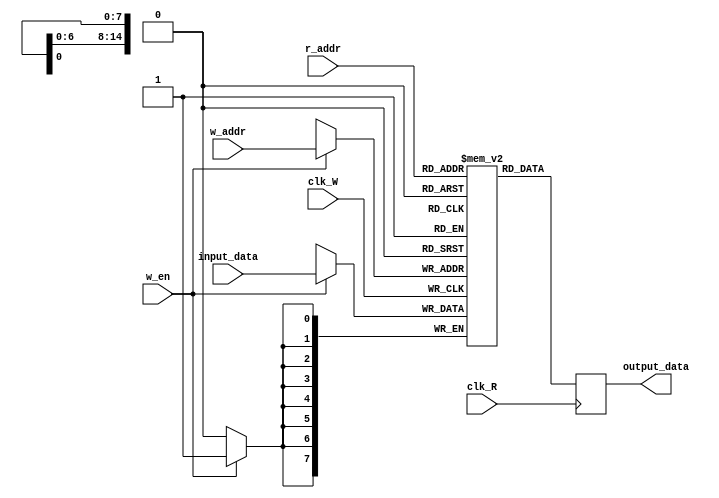
`define SCREEN_WIDTH 176
`define SCREEN_HEIGHT 144

module Dual_Port_RAM_M9K(
	input_data,
	w_addr,
	r_addr,
	w_en,
	clk_W,
	clk_R,
	output_data
);

//=======================================================
//  PORT declarations
//=======================================================

//////////// CLOCKS //////////
input 		          		clk_W, clk_R;

//////////// input enables (write, read) //////////
input 		    				w_en;

//////////// write and read addresses //////////
input 		    [14:0]		w_addr;
input 		    [14:0]		r_addr;

//////////// input/output data busses //////////
input 		    [7:0]		input_data;
output reg 		 [7:0]		output_data;

//////////// memory array //////////
(* ramstyle = "M9K" *) reg	[7:0]	 mem [(`SCREEN_WIDTH * `SCREEN_HEIGHT)-1:0];
reg				 [14:0]		r_addr_reg;

//=======================================================
//  PARAMETER declarations
//=======================================================
localparam RED = 8'b111_000_00;
localparam GREEN = 8'b000_111_00;
localparam BLUE = 8'b000_000_11;
localparam WHITE = 8'b111_111_11;
///// WRITE BLOCK /////
always @ (posedge clk_W) begin
	if(w_en) begin 
		mem[w_addr] <= input_data;
	/////// attempt at a russian flag ///////
//		if(w_addr <= 15'd8448) begin
//				mem[w_addr] <= WHITE;
//		end
//		else if(w_addr <= 15'd16896) begin
//				mem[w_addr] <= BLUE;
//		end
//		else begin
//				mem[w_addr] <= RED;
//		end
	
	end
end

///// READ BLOCK  /////
always @ (posedge clk_R) begin
	output_data <= mem[r_addr];
	r_addr_reg <= r_addr;
end

endmodule
/////// attempt at a russian flag ///////